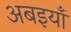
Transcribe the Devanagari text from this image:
अबइयाँ